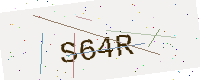
Text: S64R